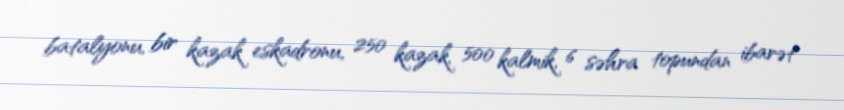
batalyonu, bir kazak eskadronu, 250 kazak, 500 kalmik, 6 səhra topundan ibarət